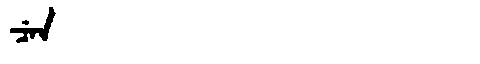
Manchu: ᠴᡝᠨ
Romanization: CEN